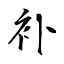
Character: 补